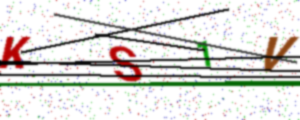
Text: KS1V